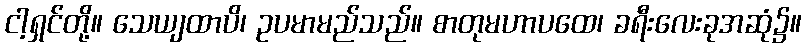
ငါ့ရှင်တို့။ သေယျထာပိ၊ ဥပမာမည်သည်။ စာတုမဟာပထေ၊ ခရီးလေးခုအဆုံ၌။